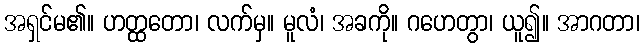
အရှင်မ၏။ ဟတ္ထတော၊ လက်မှ။ မူလံ၊ အခကို။ ဂဟေတွာ၊ ယူ၍။ အာဂတာ၊